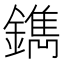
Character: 鐫